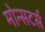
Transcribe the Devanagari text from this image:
मोन्सटर्स